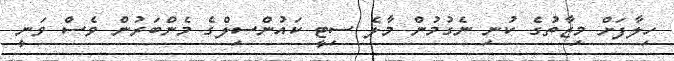
ހިލާފަށް މިޒާތުގެ ކުނި ނެގުމުން މާލެ ސިޓީ ކައުންސިލްގެ މެންބަރުން ވެސް ވަނީ